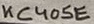
Text: KC405E